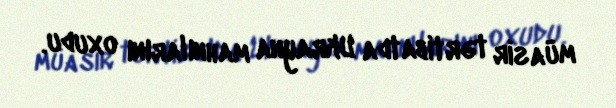
müasir tərtibatda Ukrayna mahnılarını oxudu.